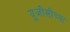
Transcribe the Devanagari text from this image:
यूजीसीच्या